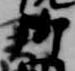
御